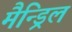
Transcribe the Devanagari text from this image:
मैन्ड्रिल